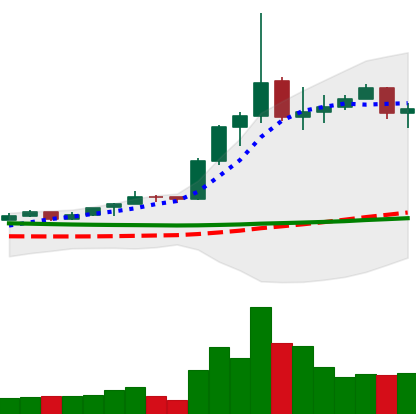
Ticker: ETC-USD
Chart end date: 2020-01-24
Forward return: 42.869%
Label: up_7plus